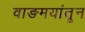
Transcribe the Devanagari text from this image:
वाङमयांतून